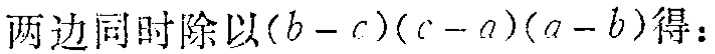
两边同时除以\((b - c)(c - a)(a - b)\)得：